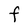
Character: F